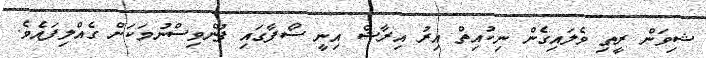
ޝިވަން ރީތި ވެލައިގެން ނިކުއިތް އިރު އިރާޝް އިނީ ސޯފާގައި ފުންވިސްނުމަކަށް ގެއްލިފައެވެ.